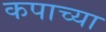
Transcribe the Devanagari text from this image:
कपाच्या